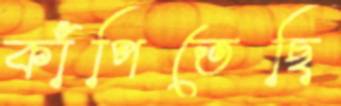
কাঁপিতেছি